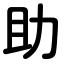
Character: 助